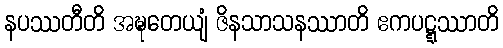
နပဿတီတိ အဍ္ဎတေယျံ ဇိနသာသနဿာတိ ဧကပဋ္ဋဿာတိ